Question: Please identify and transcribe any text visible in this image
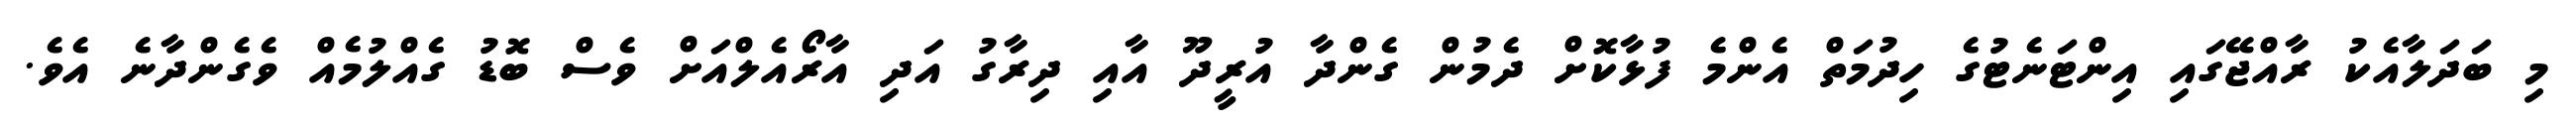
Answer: މި ބަދަލާއެކު ރާއްޖޭގައި އިންޓަނެޓުގެ ހިދުމަތް އެންމެ ފުޅާކޮށް ދެމުން ގެންދާ އުރީދޫ އާއި ދިރާގު އަދި އާރޯއެލްއަށް ވެސް ބޮޑު ގެއްލުމެއް ވެގެންދާނެ އެވެ.